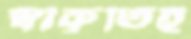
স্বীকৃতিই